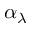
\alpha _ { \lambda }